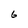
Character: 6